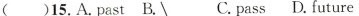
()15.A.past B.\ C.fass D.future